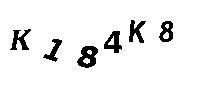
K184K8